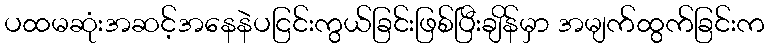
ပထမဆုံးအဆင့်အနေနဲပငြင်းကွယ်ခြင်းဖြစ်ပြီးချိန်မှာ အမျက်ထွက်ခြင်းက